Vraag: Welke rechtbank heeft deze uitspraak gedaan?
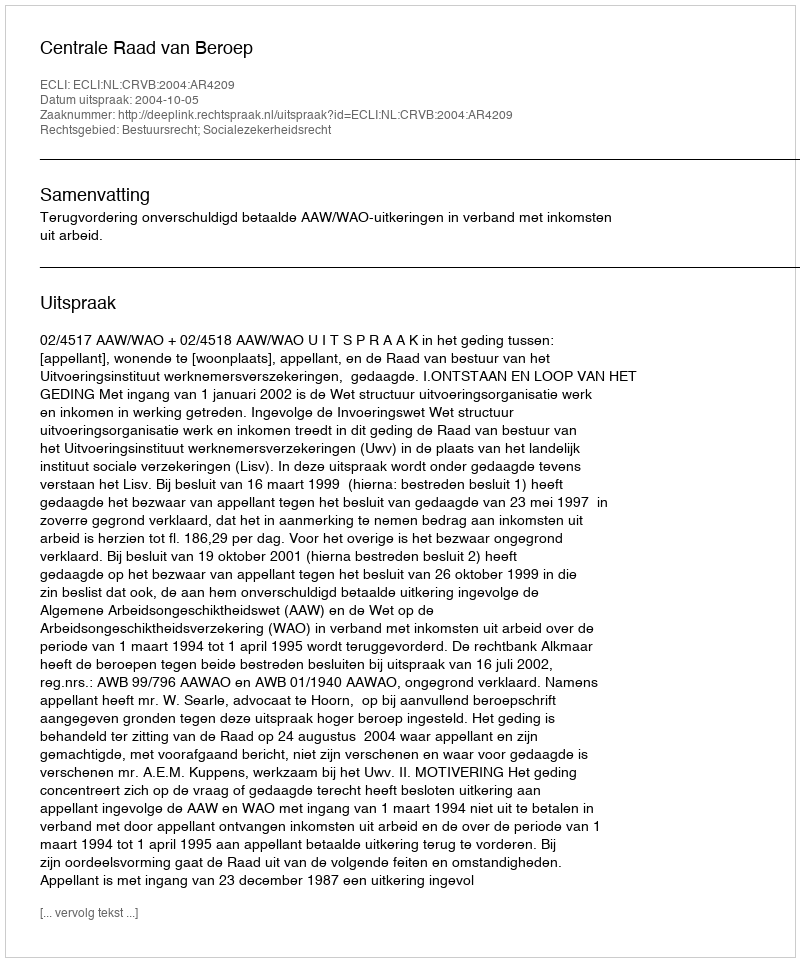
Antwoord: Centrale Raad van Beroep